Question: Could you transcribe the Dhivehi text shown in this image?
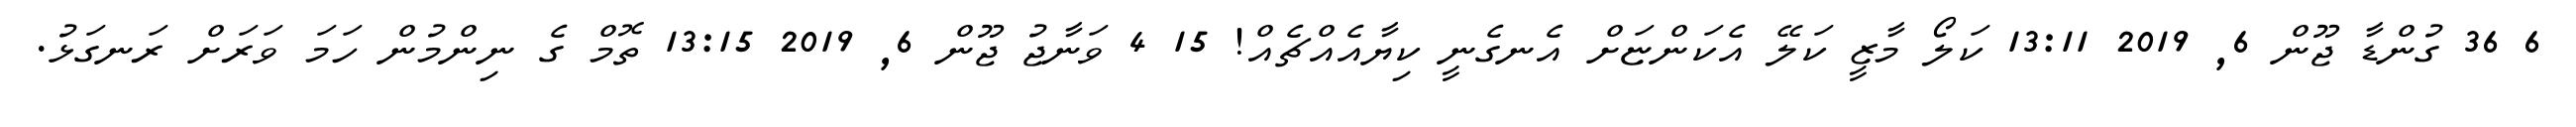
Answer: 6 36 ގުންޑާ ޖޫން 6, 2019 13:11 ކަލޯ މާޒީ ކަލޭ އެކަންޏަށް އެނގެނީ ކިޔާއެއްޗެއް! 15 4 ވަނާޖު ޖޫން 6, 2019 13:15 ތޮމް ގެ ނިންމުން ހަމަ ވަރަށް ރަނގަޅު.